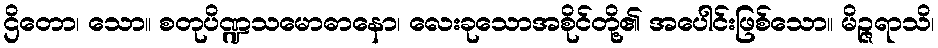
ဌိတော၊ သော။ စတုပိဏ္ဍသမောဓာနော၊ လေးခုသောအစိုင်တို့၏ အပေါင်းဖြစ်သော။ မိဉ္ဇရာသိ၊